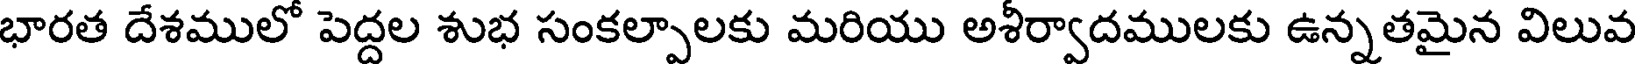
భారత దేశములో పెద్దల శుభ సంకల్పాలకు మరియు అశీర్వాదములకు ఉన్నతమైన విలువ